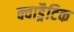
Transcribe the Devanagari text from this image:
क्वाड्रैटिक